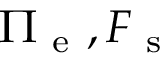
\Pi _ { \mathrm { ~ e ~ } } , F _ { \mathrm { ~ s ~ } }